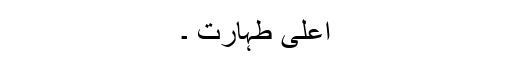
اعلی طہارت ۔